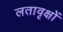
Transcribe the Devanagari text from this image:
लतावृक्षों